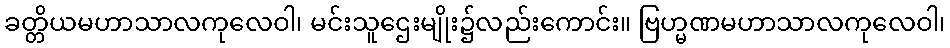
ခတ္တိယမဟာသာလကုလေဝါ၊ မင်းသူဌေးမျိုး၌လည်းကောင်း။ ဗြဟ္မဏမဟာသာလကုလေဝါ၊